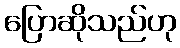
ပြောဆိုသည်ဟု